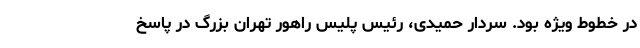
در خطوط ویژه بود. سردار حمیدی، رئیس پلیس راهور تهران بزرگ در پاسخ